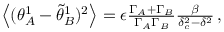
\begin{array} { r } { \left\langle ( { \theta } _ { A } ^ { 1 } - \tilde { \theta } _ { B } ^ { 1 } ) ^ { 2 } \right\rangle = \epsilon { \frac { { \Gamma } _ { A } + { \Gamma } _ { B } } { \Gamma _ { A } \Gamma _ { B } } } \frac { \beta } { \delta _ { c } ^ { 2 } - \delta ^ { 2 } } \, , } \end{array}